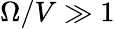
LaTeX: \Omega/V\gg 1